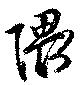
隈